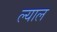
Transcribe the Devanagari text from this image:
ल्याल